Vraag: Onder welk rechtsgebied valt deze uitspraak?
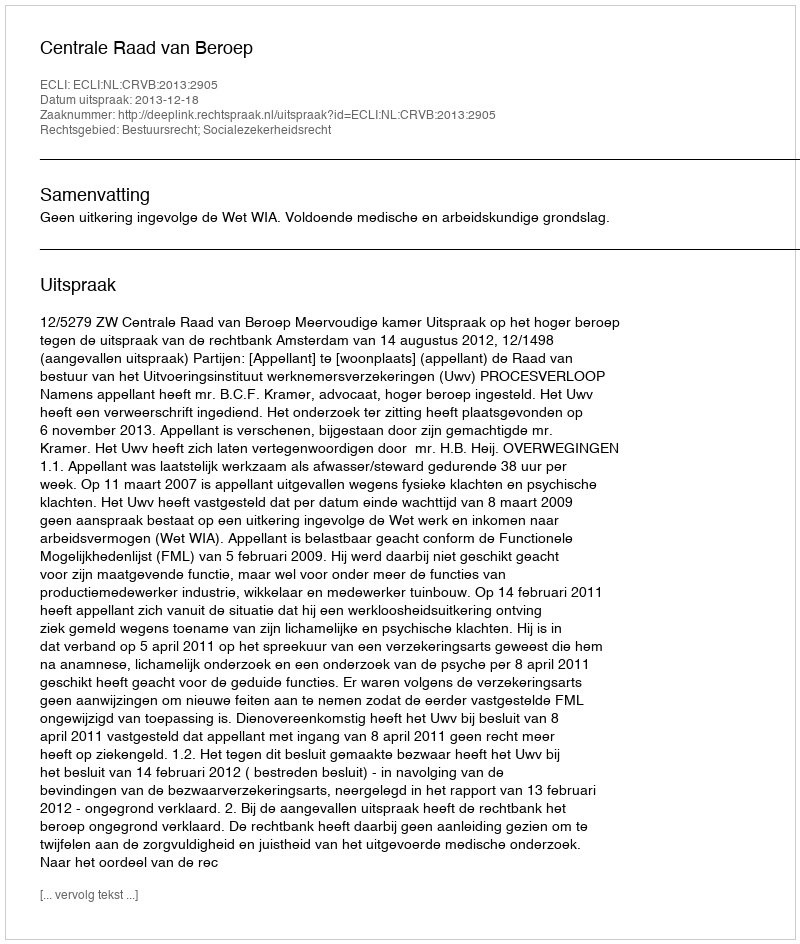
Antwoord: Bestuursrecht; Socialezekerheidsrecht